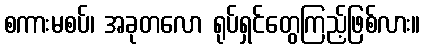
စကားမစပ်၊ အခုတလော ရုပ်ရှင်တွေကြည့်ဖြစ်လား။